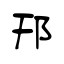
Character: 邗